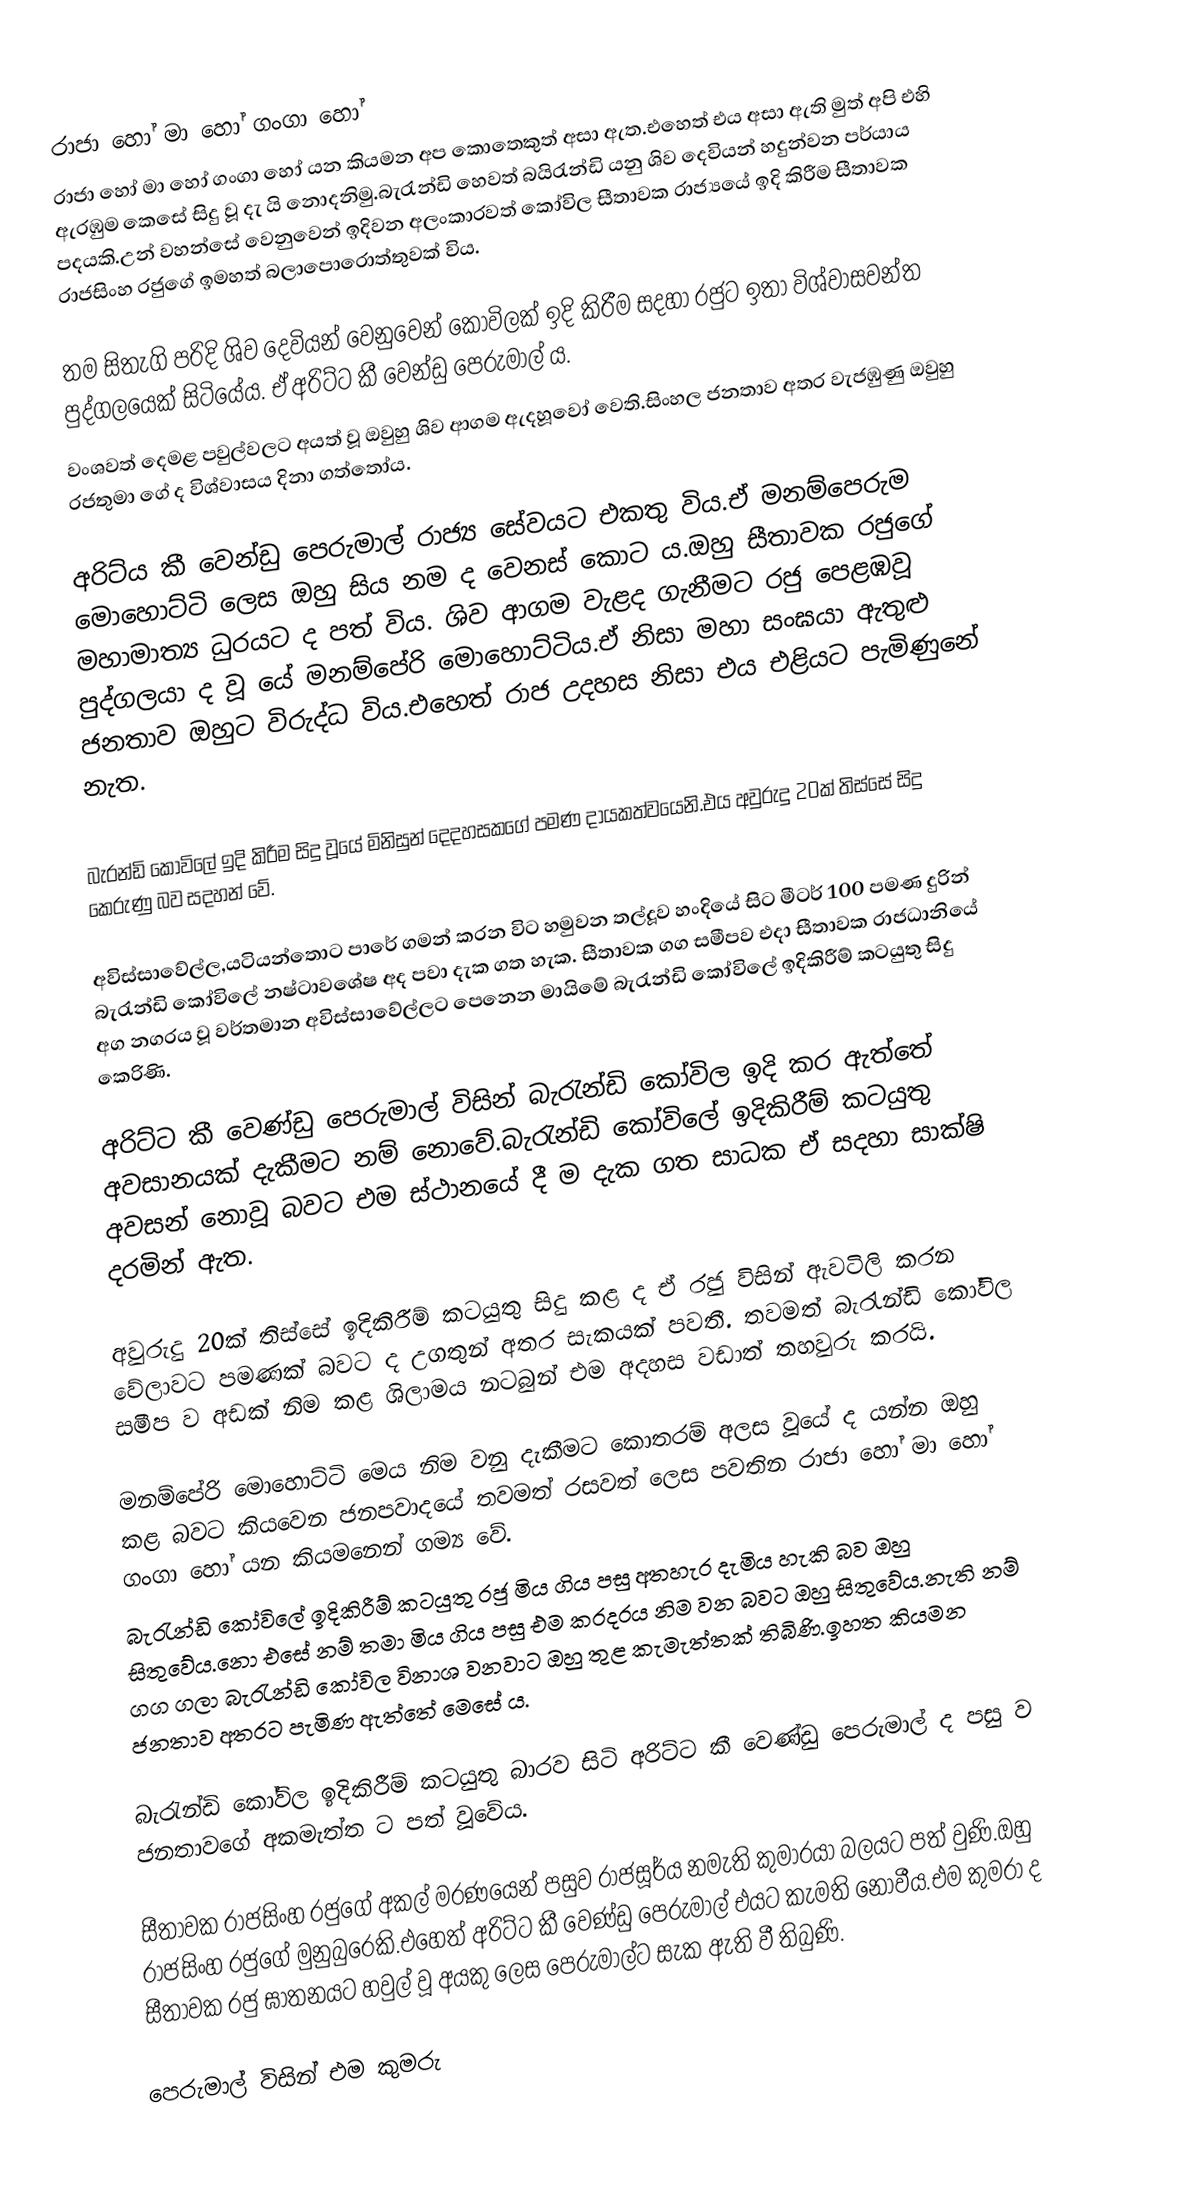
රාජා හෝ මා හෝ ගංගා හෝ
රාජා හෝ මා හෝ ගංගා හෝ යන කියමන අප කොතෙකුත් අසා ඇත.එහෙත් එය අසා ඇති මුත් අපි එහි ඇරඹුම කෙසේ සිදු වූ දැ යි නොදනිමු.බැරැන්ඩි හෙවත් බයිරැන්ඩි යනු ශිව දෙවියන් හදුන්වන පර්යාය පදයකි.උන් වහන්සේ වෙනුවෙන් ඉදිවන අලංකාරවත් කෝවිල සීතාවක රාජ්‍යයේ ඉදි කිරීම සීතාවක රාජසිංහ රජුගේ ඉමහත් බලාපොරොත්තුවක් විය.

තම සිතැගි පරිදි ශිව දෙවියන් වෙනුවෙන් කෝවිලක් ඉදි කිරීම සදහා රජුට ඉතා විශ්වාසවන්ත පුද්ගලයෙක් සිටියේය. ඒ අරිට්ට කී වෙන්ඩු පෙරුමාල් ය.
වංශවත් දෙමළ පවුල්වලට අයත් වූ ඔවුහු ශිව ආගම ඇදහූවෝ වෙති.සිංහල ජනතාව අතර වැජඹුණු ඔවුහු රජතුමා ගේ ද විශ්වාසය දිනා ගත්තෝය.

අරිට්ය කී වෙන්ඩු පෙරුමාල් රාජ්‍ය සේවයට එකතු විය.ඒ මනම්පෙරුම මොහොට්ටි ලෙස ඔහු සිය නම ද වෙනස් කොට ය.ඔහු සීතාවක රජුගේ මහාමාත්‍ය ධුරයට ද පත් විය. ශිව ආගම වැළද ගැනීමට රජු පෙළඹවූ පුද්ගලයා ද වූ යේ මනම්පේරි මොහොට්ටිය.ඒ නිසා මහා සංඝයා ඇතුළු ජනතාව ඔහුට විරුද්ධ විය.එහෙත් රාජ උදහස නිසා එය එළියට පැමිණුනේ නැත.

    බැරන්ඩි කෝවිලේ ඉදි කිරීම සිදු වූයේ මිනිසුන් දෙදහසකගේ පමණ දායකත්වයෙනි.එය අවුරුදු 20ක් තිස්සේ සිදු කෙරුණු බව සදහන් වේ.

අවිස්සාවේල්ල,යටියන්තොට පාරේ ගමන් කරන විට හමුවන තල්දූව හංදියේ සිට මීටර් 100 පමණ දුරින් බැරැන්ඩි කෝවිලේ නෂ්ටාව‍ශේෂ අද පවා දැක ගත හැක. සීතාවක ගග සමීපව එදා සීතාවක රාජධානියේ අග නගරය වූ වර්තමාන අවිස්සාවේල්ලට පෙනෙන මායිමේ බැරැන්ඩි කෝවිලේ ඉදිකිරීම් කටයුතු සිදු කෙරිණි.

අරිට්ට කී වෙණ්ඩු පෙරුමාල් විසින් බැරැන්ඩි කෝවිල ඉදි කර ඇත්තේ අවසානයක් දැකීමට නම් නොවේ.බැරැන්ඩි කෝවිලේ ඉදිකිරීම් කටයුතු අවසන් නොවූ බවට එම ස්ථානයේ දී ම දැක ගත සාධක ඒ සදහා සාක්ෂි දරමින් ඇත.

අවුරුදු 20ක් තිස්සේ ඉදිකිරීම් කටයුතු සිදු කළ ද ඒ රජු විසින් ඇවටිලි කරන වේලාවට පමණක් බවට ද උගතුන් අතර සැකයක් පවතී. තවමත් බැරැන්ඩි කෝවිල සමීප ව අඩක් නිම කළ ශිලාමය නටබුන් එම අදහස වඩාත් තහවුරු කරයි.

මනම්පේරි මොහොට්ටි මෙය නිම වනු දැකීමට කොතරම් අලස වූයේ ද යන්න ඔහු කළ බවට කියවෙන ජනපවාදයේ  තවමත් රසවත් ලෙස පවතින රාජා හෝ මා හෝ ගංගා හෝ යන කියමනෙන් ගම්‍ය වේ.
බැරැන්ඩි කෝවිලේ ඉදිකිරීම් කටයුතු රජු මිය ගිය පසු අතහැර දැමිය හැකි බව ඔහු සිතුවේය.නො එසේ නම් තමා මිය ගිය පසු එම කරදරය නිම වන බවට ඔහු සිතුවේය.නැති නම් ගග ගලා බැරැන්ඩි කෝවිල විනාශ වනවාට ඔහු තුළ කැමැත්තක් තිබිණි.ඉහත කියමන ජනතාව අතරට පැමිණ ඇත්තේ මෙසේ ය.

බැරැන්ඩි කෝවිල ඉදිකිරීම් කටයුතු බාරව සිටි අරිට්ට කී වෙණ්ඩු පෙරුමාල් ද පසු ව ජනතාවගේ අකමැත්ත ට පත් වූවේය.

සීතාවක රාජසිංහ රජුගේ අකල් මරණයෙන් පසුව රාජසූර්ය නමැති  කුමාරයා බලයට පත් වුණි.ඔහු රාජසිංහ රජුගේ මුනුබුරෙකි.එහෙත් අරිට්ට කී වෙණ්ඩු පෙරුමාල් එයට කැමති නොවීය.එම කුමරා ද සීතාවක රජු ඝාතනයට හවුල් වූ අයකු ලෙස පෙරුමාල්ට සැක ඇති වී තිබුණි.

පෙරුමාල් විසින් එම කුමරු